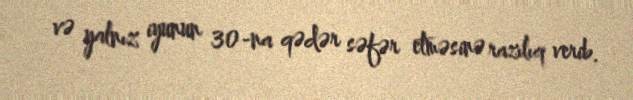
və yalnız iyunun 30-na qədər səfər etməsinə razılıq verib.